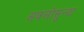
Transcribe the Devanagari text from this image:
अवलोसुन्दा